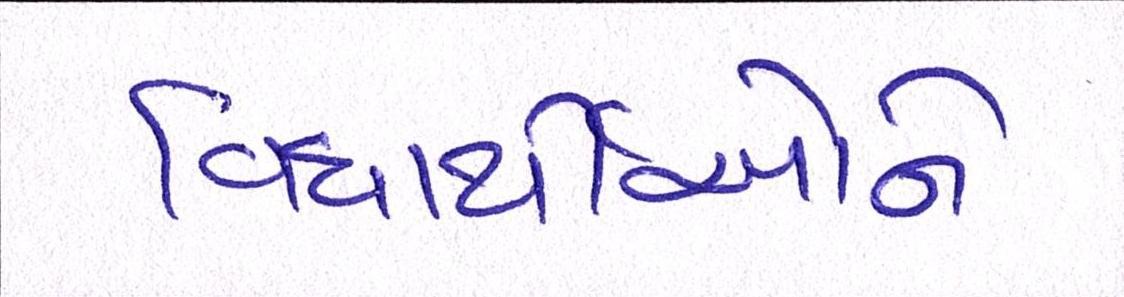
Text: વિધાર્થીઓને